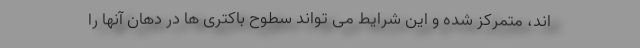
اند، متمرکز شده و این شرایط می تواند سطوح باکتری ها در دهان آنها را